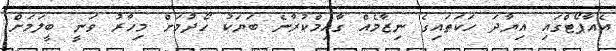
އެއާޕޯޓްގައި އިޔާދަ ހަކަތައިގެ ނިޒާމެއް ގާއިމްކުރާނެ ބަޔަކު ހޯދުމަށް މިހާރު ވަނީ ބީލަމަށް